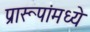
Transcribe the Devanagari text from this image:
प्रारूपांमध्ये